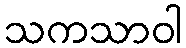
သကသာဝါ